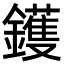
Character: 鑊